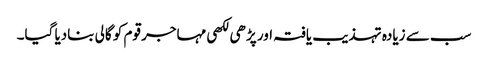
سب سے زیادہ تہذیب یافتہ اور پڑھی لکھی مہاجر قوم کو گالی بنادیا گیا۔